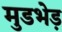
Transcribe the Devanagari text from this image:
मुडभेड़